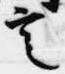
言